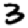
Digit: 3